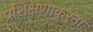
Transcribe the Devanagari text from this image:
प्रशिक्षणाकरता